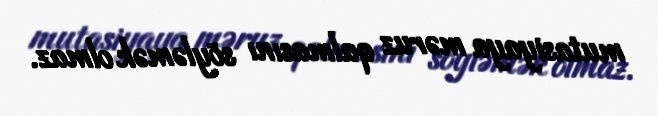
mutasiyaya məruz qalmasını söyləmək olmaz.